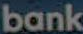
bank